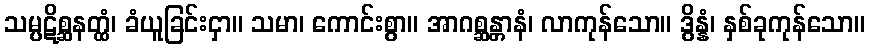
သမ္ပဋိစ္ဆနတ္ထံ၊ ခံယူခြင်းငှာ။ သမာ၊ ကောင်းစွာ။ အာဂစ္ဆန္တာနံ၊ လာကုန်သော။ ဒွိန္နံ၊ နှစ်ခုကုန်သော။